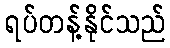
ရပ်တန့်နိုင်သည်